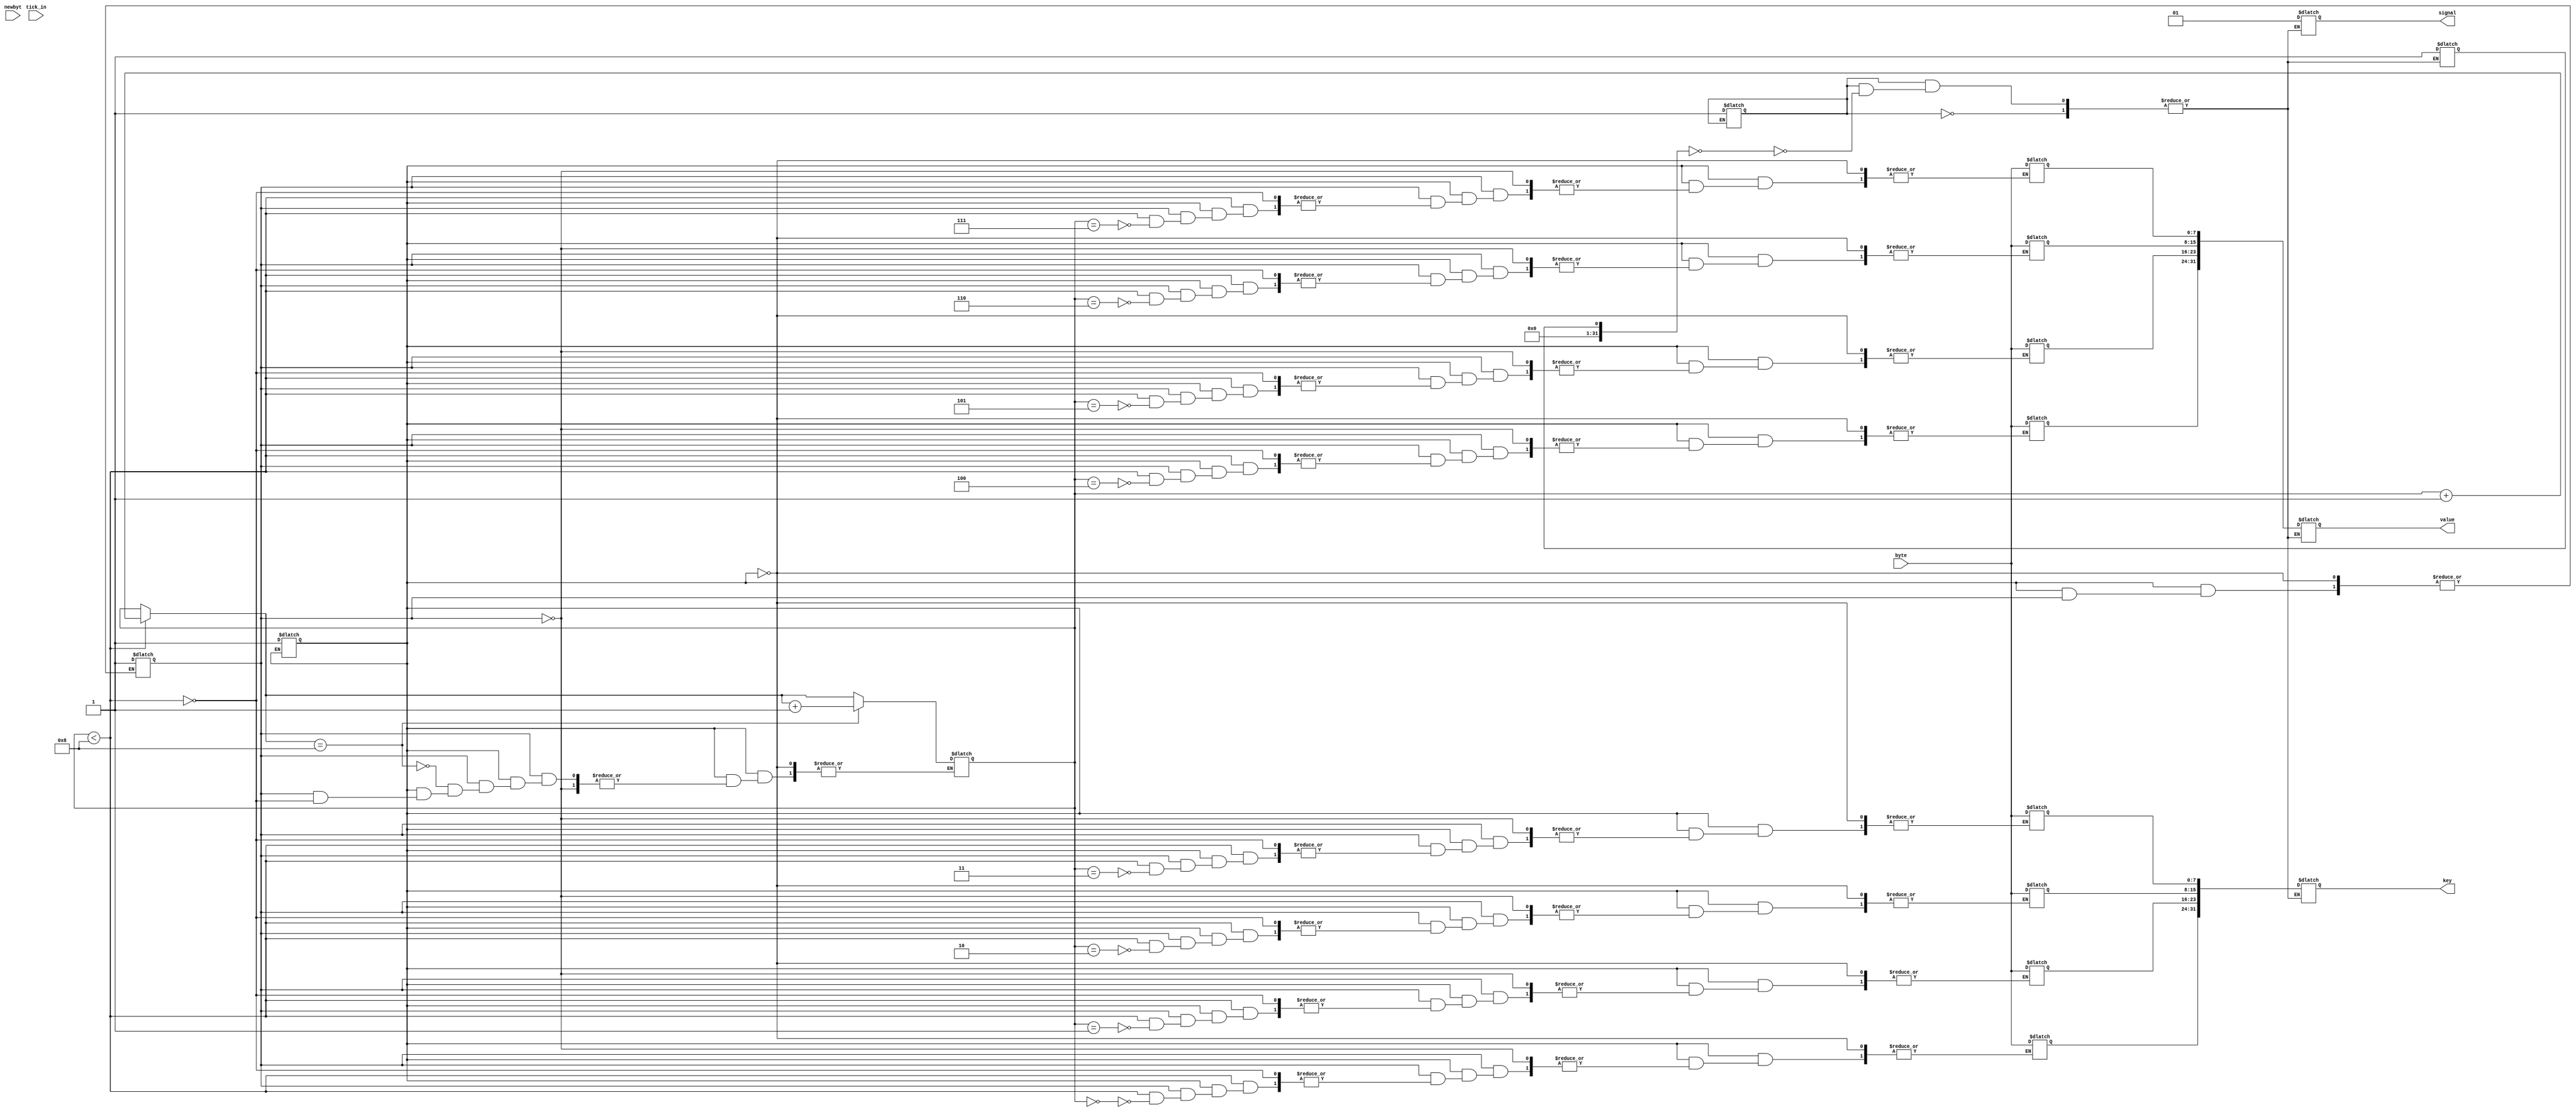
module create (
    input [7:0] byte,
    input newbyt,
    output reg [1:0] signal,
    output reg [31:0] key,
    //output reg transact_kind,
    output reg [31:0] value,
    input tick_in
);

    reg init1 = 0;
    reg [7:0] packet [11:0];
    reg [3:0] i;
    reg trigger;
    reg init2 = 0;
    reg init3 = 0;
    reg init_trig = 0;
    integer doneflag;
    integer doneflag2;
    wire ticktock;

    assign ticktock = tick_in & trigger;
    
    initial begin
        init1 = 0;
        i = 0;
        init2 = 0;
        init3 = 0;
        doneflag = 0;
        doneflag2 = 0;
        trigger = 0;
    end

    always@(newbyt) begin
        if(init1 == 0) begin
            init1 = 1;
        end else begin
            if(init2 == 0) begin
                init2 = 1;
            end
            else begin
            //    if(init3 == 0) begin
            //        init3 = 1;
            //    end
            //$display("refer");
                //else begin
                    if(i < 8) begin
                        //$display("byte %d", byte);
                        //$display("i %d", i);
                        packet[i] = byte;
                        //$display("%d", packet[i]);
                        i = i+1;
                        //$display("%d, new i", i);
                        //$display("I reach here");
                        //$display("%d", packet[i]);
                    end
                    if(i == 8) begin
                        //$display("do i reach here?");
                        trigger = 1;
                        i=i+1;
                    end
                //end
            end
        end
    end

    always@(ticktock) begin
        //$display("hi");
        if(init_trig == 0) begin
            init_trig =1;
        end
        else begin
        if(doneflag == 0) begin
            //$display("hello");
        signal= 1;
        //transact_kind = 1;
        key[31:24] = packet[0];
        key[23:16] = packet[1];
        key[15:8] = packet[2];
        key[7:0] = packet[3];
        value[31:24] = packet[4];
        value[23:16] = packet[5];
        value[15:8] = packet[6];
        value[7:0] = packet[7];
        $display("Created key %d with opening balance %d", key, value);
        //$display("%d", key);
        //$display("with opening balance %d", value);
        doneflag = 1;
        end
        /*else begin
        if(doneflag2 == 0) begin
        signal = 2;
        transact_kind = 1;
        key[31:24] = packet[4];
        key[23:16] = packet[5];
        key[15:8] = packet[6];
        key[7:0] = packet[7];
        transact_value[31:24] = packet[8];
        transact_value[23:16] = packet[9];
        transact_value[15:8] = packet[10];
        transact_value[7:0] = packet[11];
        $display("%d", key);
        doneflag2 = 1;
        end
        end*/
        end
    end

endmodule